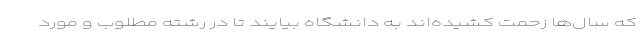
که سال‌ها زحمت کشیده‌اند به دانشگاه بیایند تا در رشته مطلوب و مورد